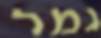
גמר